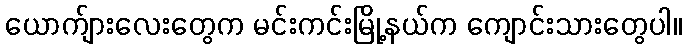
ယောက်ျားလေးတွေက မင်းကင်းမြို့နယ်က ကျောင်းသားတွေပါ။